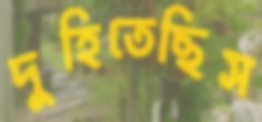
দুহিতেছিস